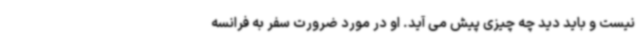
نیست و باید دید چه چیزی پیش می آید. او در مورد ضرورت سفر به فرانسه